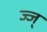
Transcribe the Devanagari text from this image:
ज्ज्